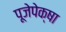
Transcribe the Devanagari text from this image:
पूजेपेक्षा